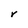
Character: V